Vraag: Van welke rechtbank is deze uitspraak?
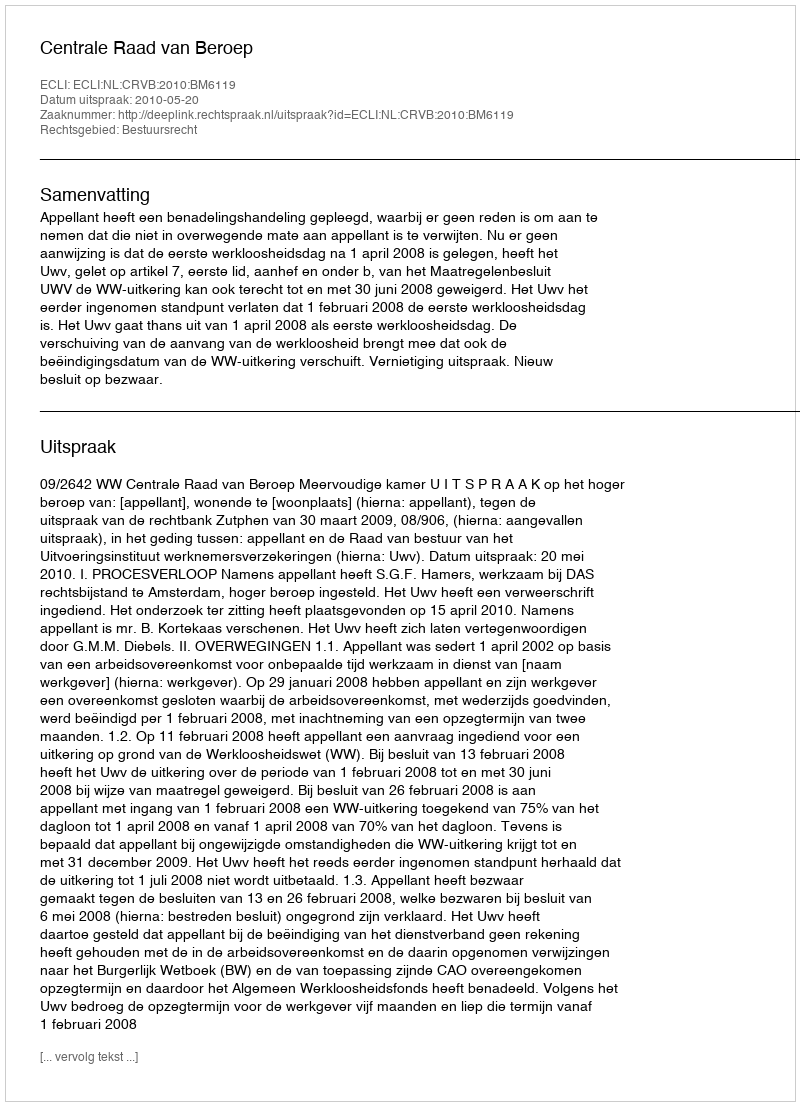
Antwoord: Centrale Raad van Beroep